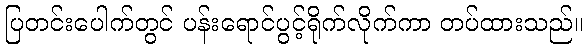
ပြတင်းပေါက်တွင် ပန်းရောင်ပွင့်ရိုက်လိုက်ကာ တပ်ထားသည်။